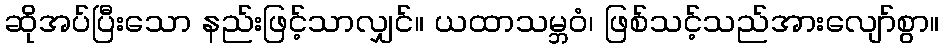
ဆိုအပ်ပြီးသော နည်းဖြင့်သာလျှင်။ ယထာသမ္ဘဝံ၊ ဖြစ်သင့်သည်အားလျော်စွာ။